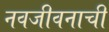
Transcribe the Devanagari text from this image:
नवजीवनाची